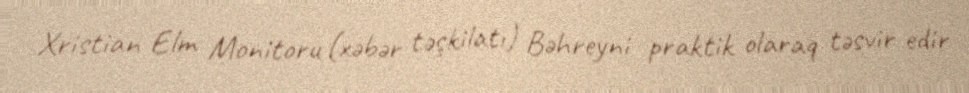
Xristian Elm Monitoru (xəbər təşkilatı) Bəhreyni praktik olaraq təsvir edir